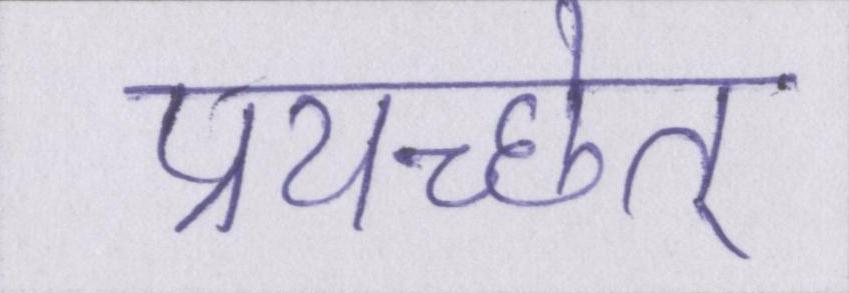
प्रयच्छेत्